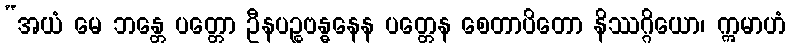
“အယံ မေ ဘန္တေ ပတ္တော ဦနပဉ္စဗန္ဓနေန ပတ္တေန စေတာပိတော နိဿဂ္ဂိယော၊ ဣမာဟံ